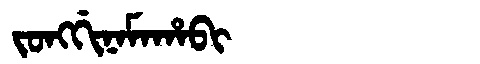
Manchu: ᠵᠣᠩᡤᡳᠨᠠᠮᠠᡥᠠᠪᡳ
Romanization: JONGGINAMAHABI